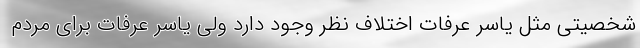
شخصیتی مثل یاسر عرفات اختلاف نظر وجود دارد ولی یاسر عرفات برای مردم